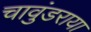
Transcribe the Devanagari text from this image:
चावुंडराया